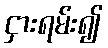
ငှားရမ်း၍